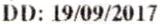
DD: 19/09/2017